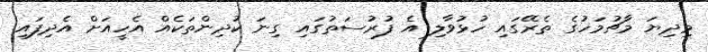
މިދިޔަ މާޗުމަހުގެ ތެރޭގައި ހުޅުވާލި އެ ފުރުސަތުގައި ގިނަ ކުދިންތަކެއް އެހީއަށް އެދިފައި